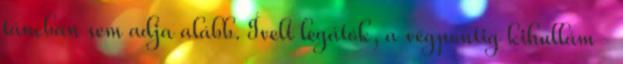
táncban sem adja alább. Ívelt legátók, a végpontig kihullám-